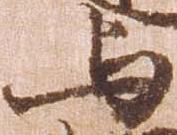
与